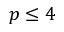
p \le 4